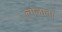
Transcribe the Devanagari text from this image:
ल्गजाता